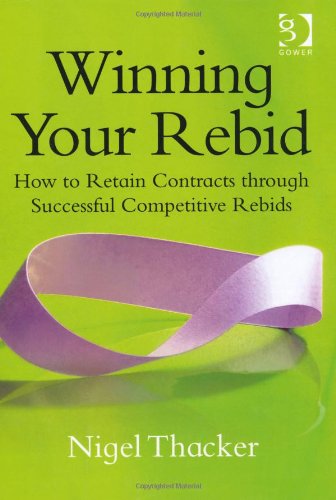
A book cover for Winning Your Rebid: How to Retain Contracts Through Successful Competitive Rebids; Nigel Thacker; Business & Money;